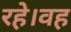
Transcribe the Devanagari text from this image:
रहे।वह